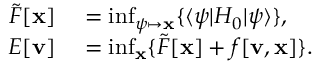
\begin{array} { r l } { \tilde { F } [ \mathbf { x } ] } & { { } = \operatorname* { i n f } _ { \psi \mapsto \mathbf { x } } \{ \langle \psi | H _ { 0 } | \psi \rangle \} , } \\ { E [ \mathbf { v } ] } & { { } = \operatorname* { i n f } _ { \mathbf { x } } \{ \tilde { F } [ \mathbf { x } ] + f [ \mathbf { v } , \mathbf { x } ] \} . } \end{array}